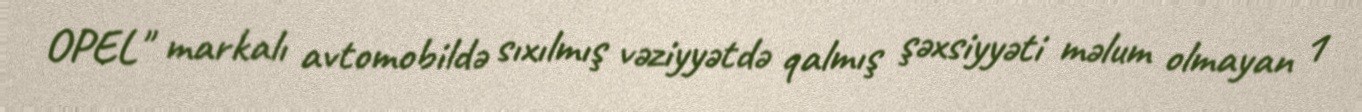
OPEL" markalı avtomobildə sıxılmış vəziyyətdə qalmış şəxsiyyəti məlum olmayan 1